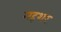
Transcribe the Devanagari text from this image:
महशर